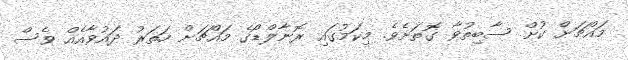
މައްޗަށް ކުށް ސާބިތުވާ ގޮތަށެވެ. މިކަމުގައި ރޮނާލްޑޯގެ މައްޗަށް ހަތަރު ދައުވާއެއް ވެސް